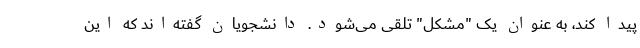
پیدا کند، به عنوان یک "مشکل" تلقی می‌شود. دانشجویان گفته‌اند که این